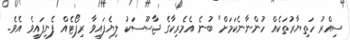
ސިއްރު ހަތިޔާރުތަކެއް ހުންނާނެކަމަށް" ބުނެ އެމެރިކާގެ ޖާސޫސަކު ލިޔެފައިވާ ރިޕޯޓެއް ފެނިފައިވެ އެވެ.